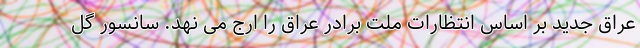
عراق جدید بر اساس انتظارات ملت برادر عراق را ارج می نهد. سانسور گل